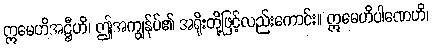
ဣမေဟိအဋ္ဌီဟိ၊ ဤအကျွန်ုပ်၏ အရိုးတို့ဖြင့်လည်းကောင်း။ ဣမေဟိပါဏေဟိ၊